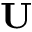
\mathbf { U }